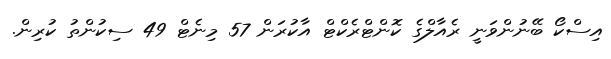
އިސްކޯ ބޭނުންވަނީ ރެއާލްގެ ކޮންޓްރެކްޓް އާކުރަން 57 މިނެޓް 49 ސިކުންތު ކުރިން.